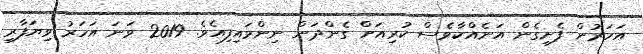
އަހަރުން ފެށިގެން އަނެއްކާވެސް ކުރިއަށް ގެންދަން ނިންމައިފިއެވެ. 2019 ވަނަ އަހަރު ވިޔަފާރި